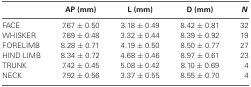
<table><thead><tr><td></td><td><b>AP (mm)</b></td><td><b>L (mm)</b></td><td><b>D (mm)</b></td><td><b><i>N</i></b></td></tr></thead><tbody><tr><td>FACE</td><td>7.67 ± 0.50</td><td>3.18 ± 0.49</td><td>8.42 ± 0.81</td><td>32</td></tr><tr><td>WHISKER</td><td>7.69 ± 0.48</td><td>3.32 ± 0.44</td><td>8.39 ± 0.92</td><td>19</td></tr><tr><td>FORELIMB</td><td>8.28 ± 0.71</td><td>4.19 ± 0.50</td><td>8.50 ± 0.77</td><td>27</td></tr><tr><td>HIND LIMB</td><td>8.34 ± 0.72</td><td>4.68 ± 0.46</td><td>8.97 ± 0.61</td><td>23</td></tr><tr><td>TRUNK</td><td>7.42 ± 0.45</td><td>5.08 ± 0.42</td><td>8.10 ± 0.69</td><td>4</td></tr><tr><td>NECK</td><td>7.92 ± 0.56</td><td>3.37 ± 0.55</td><td>8.55 ± 0.70</td><td>4</td></tr></tbody></table>